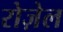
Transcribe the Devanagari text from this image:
रोज़ेल